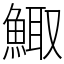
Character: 鯫